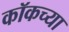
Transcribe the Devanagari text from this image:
कॉकच्या